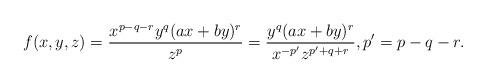
LaTeX: \begin{align*}f(x,y,z)=\dfrac{x^{p-q-r}y^q(ax+by)^r}{z^{p}}=\dfrac{y^q(ax+by)^r}{x^{-p'}z^{p'+q+r}},p'=p-q-r.\end{align*}